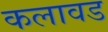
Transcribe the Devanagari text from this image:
कलावड